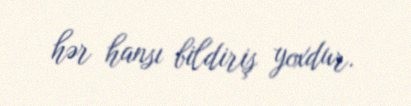
hər hansı bildiriş yoxdur.